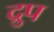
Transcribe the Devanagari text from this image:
द्रुप